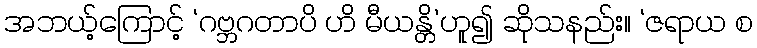
အဘယ့်ကြောင့် ‘ဂဗ္ဘဂတာပိ ဟိ မီယန္တိ’ဟူ၍ ဆိုသနည်း။ ‘ဇရာယ စ